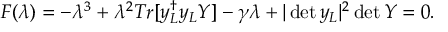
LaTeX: F ( \lambda ) = - \lambda ^ { 3 } + \lambda ^ { 2 } T r [ y _ { L } ^ { \dagger } y _ { L } Y ] - \gamma \lambda + | \operatorname * { d e t } y _ { L } | ^ { 2 } \operatorname * { d e t } Y = 0 .